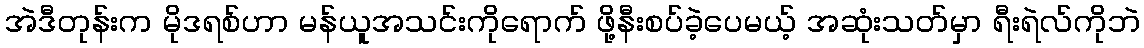
အဲဒီတုန်းက မိုဒရစ်ဟာ မန်ယူအသင်းကိုရောက် ဖို့နီးစပ်ခဲ့ပေမယ့် အဆုံးသတ်မှာ ရီးရဲလ်ကိုဘဲ